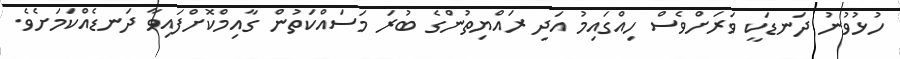
ހުޅުވުނު ދަނޑަކީ ވަރަށްވެސް ހިއްގައިމު އަދި ރައްްޔިތުންގެ ބުރަ މަސައްކަތުން ގާއިމްކޮށްފައިވާ ދަނޑެއްކަމަށެވެ.